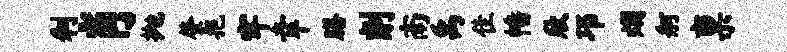
利肖抛肇挹牢幸膳削南禹隹幡欣邛烟舸禀